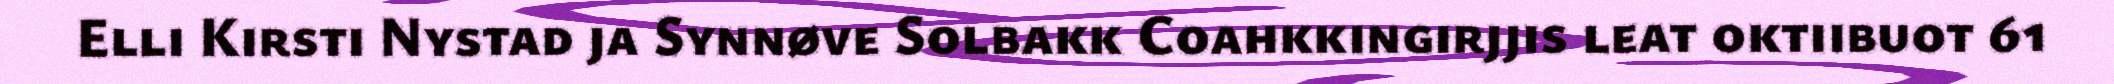
Elli Kirsti Nystad ja Synnøve Solbakk Coahkkingirjjis leat oktiibuot 61